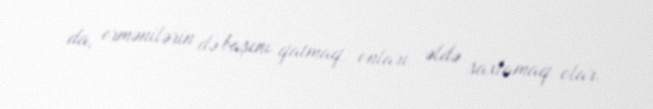
da, ermənilərin də başını qatmaq, onları əldə saxlamaq olar.